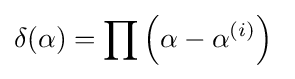
\delta (\alpha )=\prod \left({\alpha -\alpha ^{(i)}}\right)\